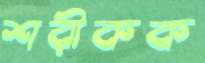
শরীকক